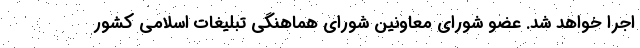
اجرا خواهد شد. عضو شورای معاونین شورای هماهنگی تبلیغات اسلامی کشور